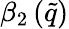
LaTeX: \beta_{2}\left(\tilde{q}\right)